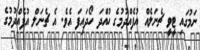
ނަމުގައި ޓީވީ ޗެނަލެއް އުފެއްދުމުގެ ހުއްދަ ހޯދައިފަ އެވެ. އެ ޗެނަލް އުފެއްދުމުގެ